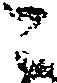
二